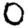
Digit: 0